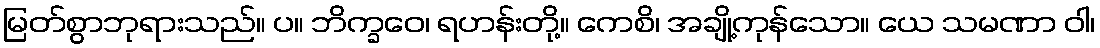
မြတ်စွာဘုရားသည်။ ပ။ ဘိက္ခဝေ၊ ရဟန်းတို့။ ကေစိ၊ အချို့ကုန်သော။ ယေ သမဏာ ဝါ၊